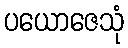
ပယောဇေသုံ